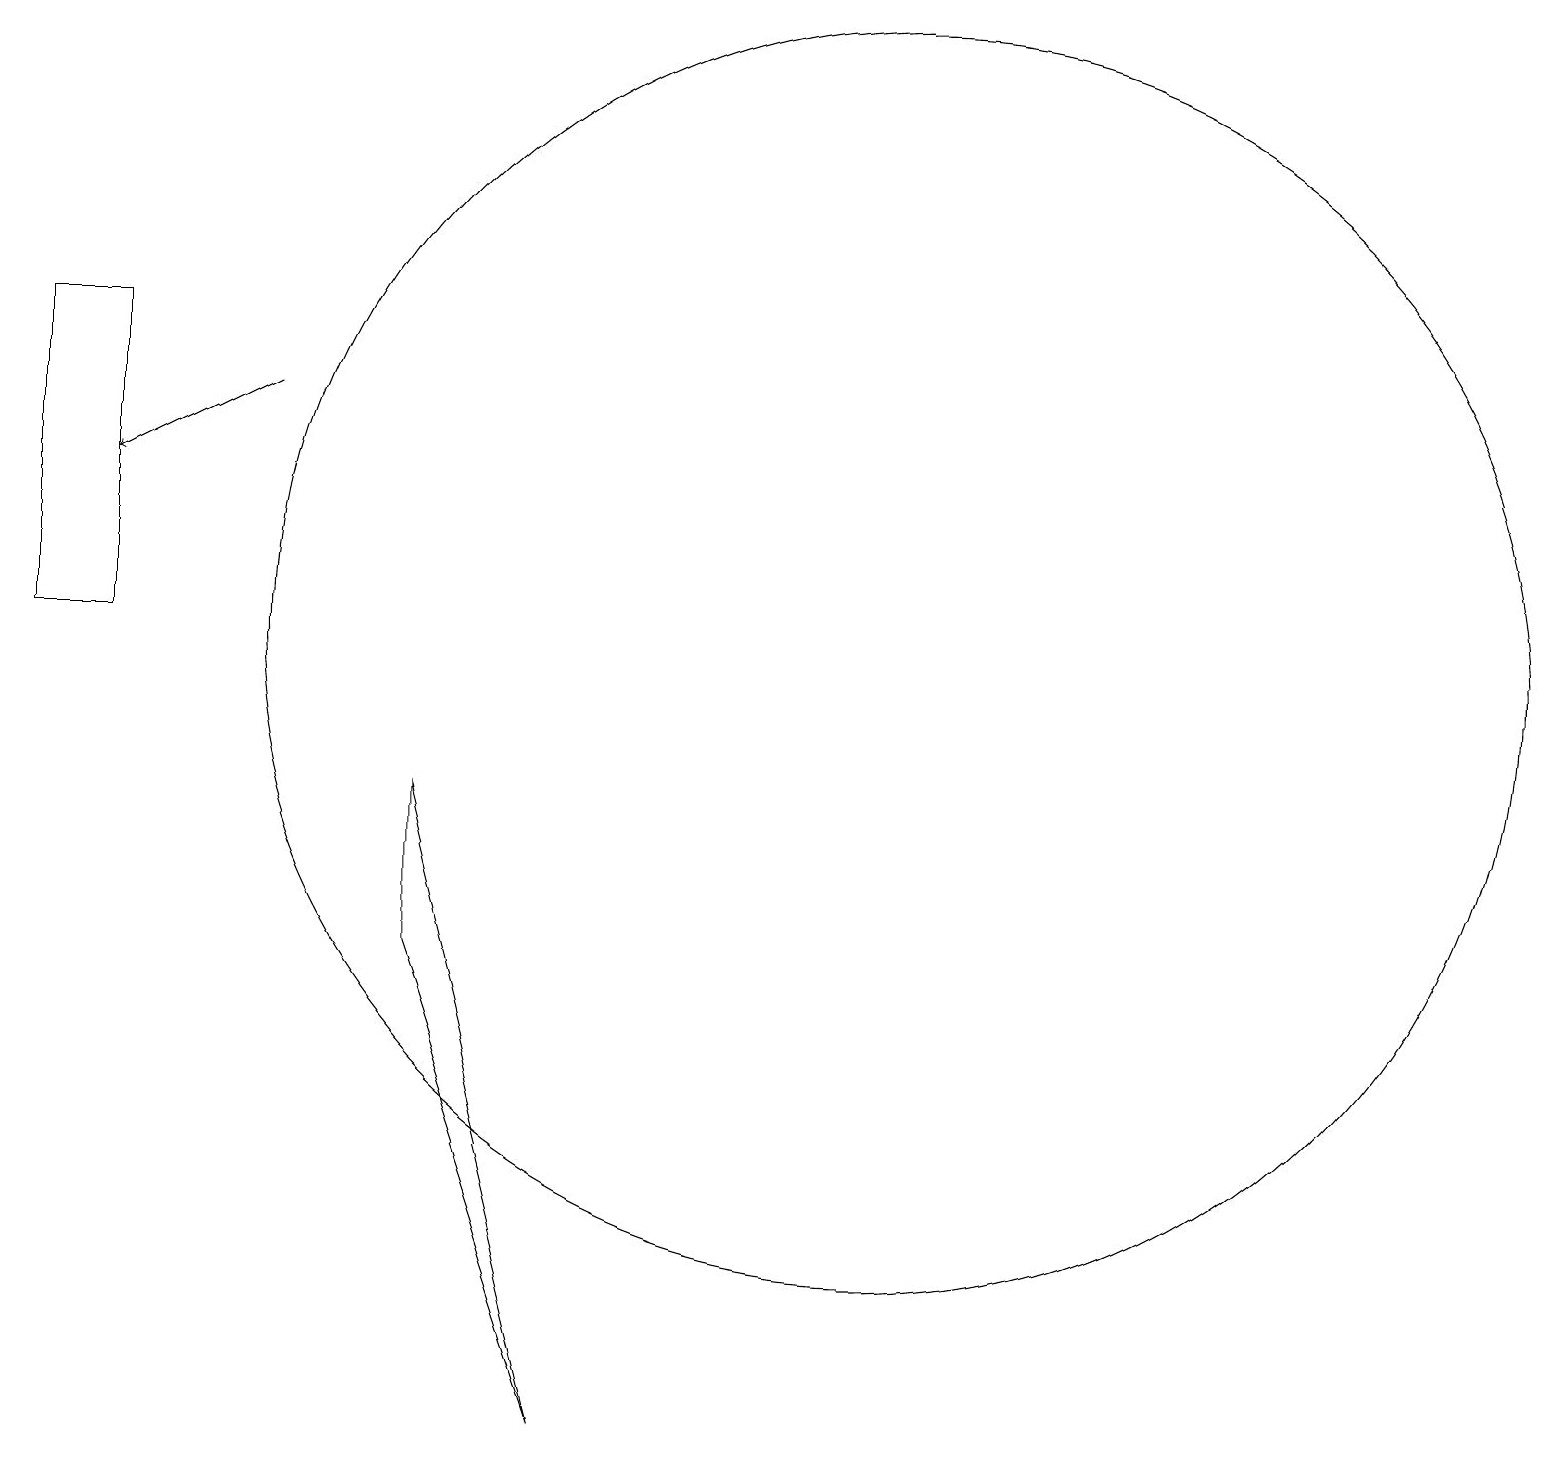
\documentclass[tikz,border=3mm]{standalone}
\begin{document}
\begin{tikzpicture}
\draw (0,10) rectangle (1,14);
\draw (5,8) -- (7,0) -- (5,6) -- cycle;
\draw (11,10) circle (8);
\draw[->] (3,13) -- (1,12);
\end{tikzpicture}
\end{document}